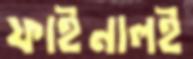
ফাইনালই